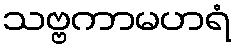
သဗ္ဗကာမဟရံ